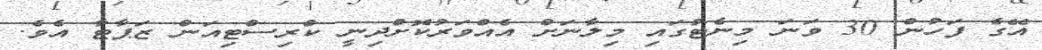
އޭގެ ފަހުން 30 ވަނަ މިނެޓުގައި މިލާނަށް އެއްވަރުކޮށްދިނީ ކްރިސްޓިއަން ޒަޕާޓާ އެވެ.